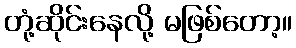
တုံ့ဆိုင်းနေလို့ မဖြစ်တော့။